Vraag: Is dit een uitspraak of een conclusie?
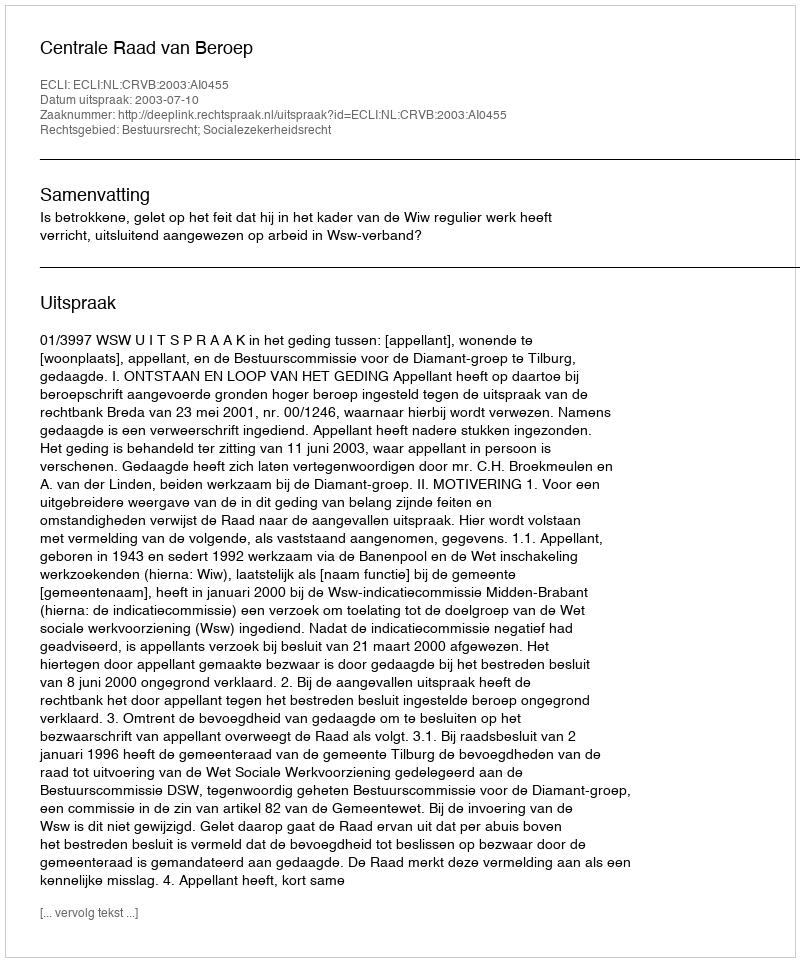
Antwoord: Uitspraak